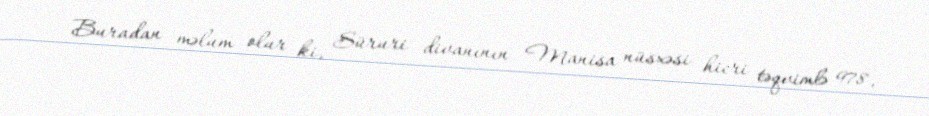
Buradan məlum olur ki, Süruri divanının Manisa nüsxəsi hicri təqvimlə 978,